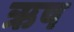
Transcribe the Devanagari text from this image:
ऋष